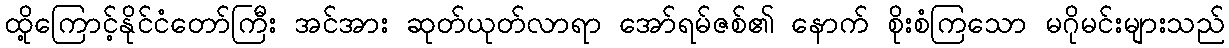
ထို့ကြောင့်နိုင်ငံတော်ကြီး အင်အား ဆုတ်ယုတ်လာရာ အော်ရမ်ဇစ်၏ နောက် စိုးစံကြသော မဂိုမင်းများသည်